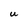
Character: U